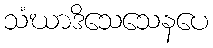
သံဃာဒိသေသေနပေ